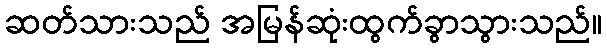
ဆတ်သားသည် အမြန်ဆုံးထွက်ခွာသွားသည်။